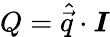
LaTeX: Q=\widehat{\vec{q}}\cdot\boldsymbol{I}